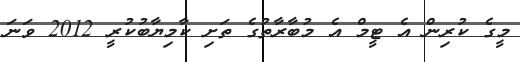
މީގެ ކުރިން އެ ޓީމް އެ މުބާރާތުގެ ތަށި ކާމިޔާބުކުރީ 2012 ވަނަ